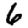
Digit: 6